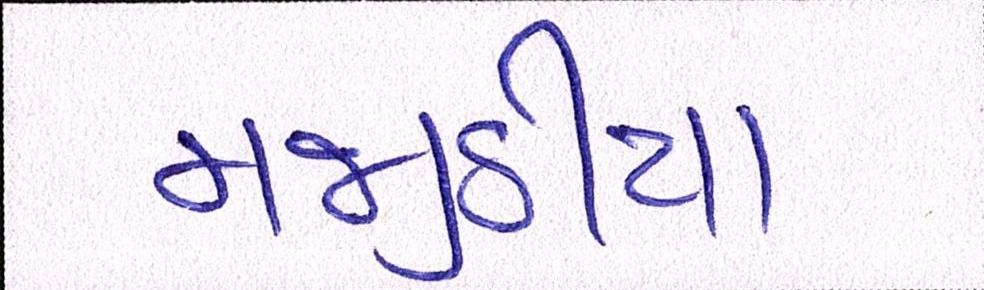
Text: મજીઠીયા